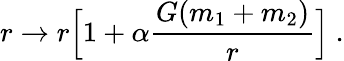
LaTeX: r\rightarrow r\Big[1+\alpha\frac{G(m_{1}+m_{2})}{r}\Big]~.